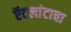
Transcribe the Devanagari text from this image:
ऍटलांटाचा